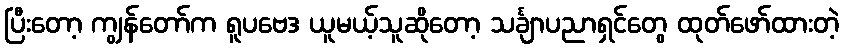
ပြီးတော့ ကျွန်တော်က ရူပဗေဒ ယူမယ့်သူဆိုတော့ သင်္ချာပညာရှင်တွေ ထုတ်ဖော်ထားတဲ့